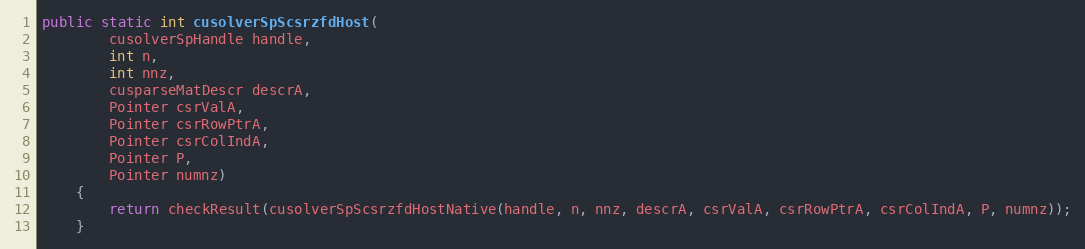
Language: Java
public static int cusolverSpScsrzfdHost(
        cusolverSpHandle handle,
        int n,
        int nnz,
        cusparseMatDescr descrA,
        Pointer csrValA,
        Pointer csrRowPtrA,
        Pointer csrColIndA,
        Pointer P,
        Pointer numnz)
    {
        return checkResult(cusolverSpScsrzfdHostNative(handle, n, nnz, descrA, csrValA, csrRowPtrA, csrColIndA, P, numnz));
    }